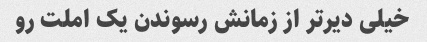
خیلی دیرتر از زمانش رسوندن یک املت رو